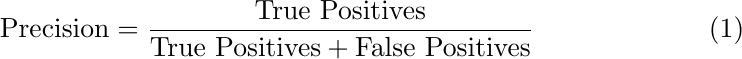
\begin{equation}
\text{Precision} = \frac{\text{True Positives}}{\text{True Positives} + \text{False Positives}}
\end{equation}